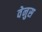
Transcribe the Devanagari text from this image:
वेनुस